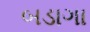
બડાગા